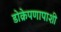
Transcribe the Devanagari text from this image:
डोक्रेपणापाशी